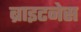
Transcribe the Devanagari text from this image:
ब्राइटनेस